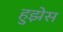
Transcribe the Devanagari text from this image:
हुझेस